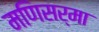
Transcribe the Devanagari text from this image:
मणिसर्मा